Vaccine operations Central Provinces & Berar 1922-1929 - 1922-1929
Year: 1922
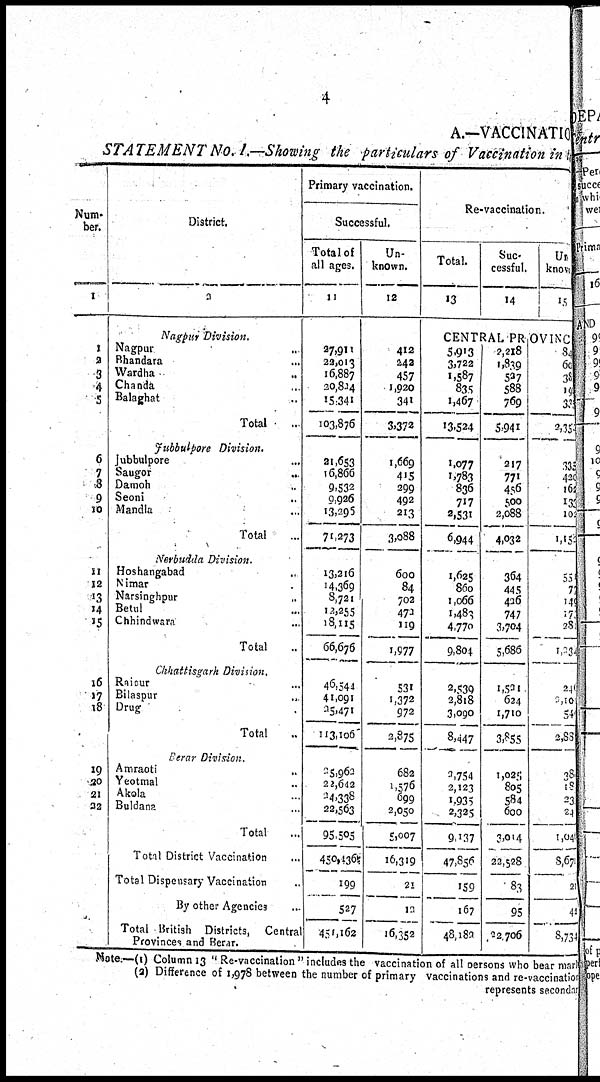
4
A.—VACCINATION
STATEMENT No. I.—Showing the particulars of Vaccination in the
Num-
ber.
1
1
2
3
4
5
6
7
8
9
10
11
12
13
14
15
16
17
18
19
20
21
22
District.
2
Nagpur Division.
Nagpur ...
Bhandara ...
Wardha
...
Chanda ...
Balaghat ...
Total
...
Jubbulpore Division.
Jubbulpore ...
Saugor ...
Damoh ...
Seoni ...
Mandla ...
Total ...
Nerbudda Division.
Hoshangabad ...
Nimar ...
Narsinghpur ...
Betul ...
Chhindwara ...
Total ...
Chhattisgarh
Division.
Raipur ...
Bilaspur ...
Drug ...
Total ...
Berar Division.
Amraoti ...
Yeotmal ...
Akola ...
Buldana ...
Total ...
Total District Vaccination ...
Total Dispensary Vaccination ...
By other Agencies ...
Total British Districts, Central
Provinces and Berar.
Primary vaccination.
Successful.
Total of
all ages.
11
27,911
22,013
16,887
20,824
15,341
103,876
21,653
16,866
9,532
9,926
13,295
71,273
13,216
14,369
8,721
12,255
18,115
66,676
46,544
41,091
25,471
113,106
25,963
22,642
34,338
22,563
95,505
450,436
199
527
451,l62
Un-
known.
12
412
242
457
1,920
341
3,372
1,669
415
299
492
213
3,088
600
84
702
472
119
1,977
531
1,372
972
2,875
682
1,576
699
2,050
5,007
16,319
21
13
16,352
Re-vaccination.
Total.
13
Suc¬
cessful.
14
Un¬
known
15
CENTRAL PROVINC
5,913
3,722
1,587
835
1,467
13,524
1,077
1,783
836
717
2,531
6,944
1,625
860
1,066
1,483
4,770
9,804
2,539
2,818
3,090
8,447
3,754
2,123
1,935
2,325
9,137
47,856
159
167
48,182
2,218
1,839
527
588
769
5,941
217
771
456
500
2,088
4,032
364
445
426
747
3,704
5,686
1,521
624
1,710
3,855
1,025
805
584
600
3,014
22,528
83
95
32,706
84
60
38
191
333
2,351
333
420
162
133
102
1,153
551
77
149
173
281
1,232
240
2,10
540
2,881
38
18
23
24
l,04l
8,671
21
42
8,734
Note.—(1) Column 13 " Re-vaccination " includes the vaccination of all persons who bear mark
(2) Difference of 1,978 between the number of primary vaccinations and re-vaccination
represents secondary